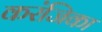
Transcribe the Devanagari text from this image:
करंजिका